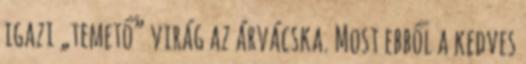
igazi „temető” virág az árvácska. Most ebből a kedves